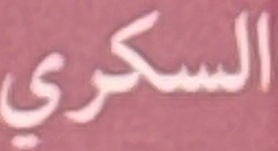
السكري